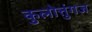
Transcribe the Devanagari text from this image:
कुलोत्तुंगज